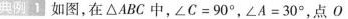
典例1 如图，在\Delta ABC中，$$∠ C = 9 0 °$$，$$∠ A = 3 0 °$$，点O